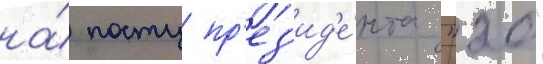
на́ посту пр'ез'ид'е́нта "20"